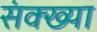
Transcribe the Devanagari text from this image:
संक्ख्या